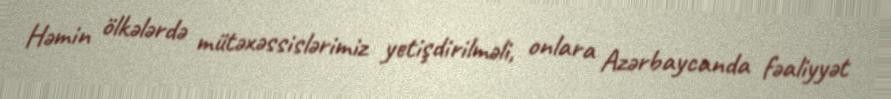
Həmin ölkələrdə mütəxəssislərimiz yetişdirilməli, onlara Azərbaycanda fəaliyyət